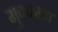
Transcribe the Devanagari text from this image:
मुक्‍काम